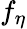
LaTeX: f_{\eta}